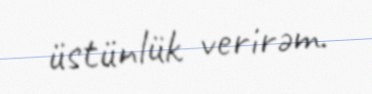
üstünlük verirəm.